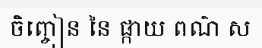
ចិញ្ចៀន នៃ ផ្កាយ ពណ៌ ស